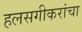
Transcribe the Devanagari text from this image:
हलसगीकरांचा